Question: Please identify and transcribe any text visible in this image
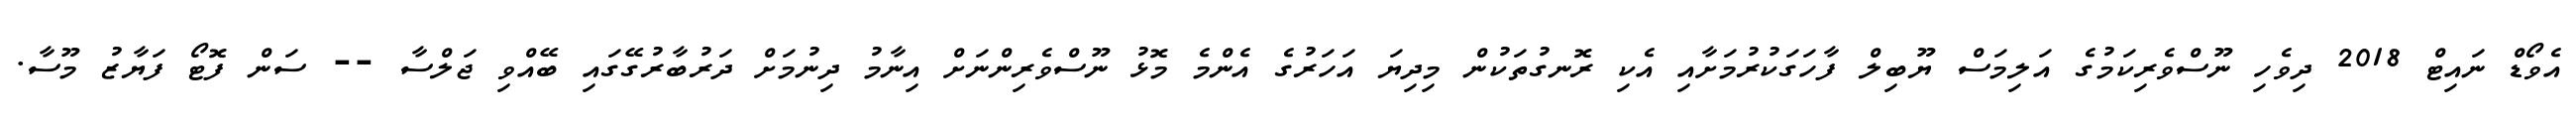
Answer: އެވޯޑް ނައިޓް 2018 ދިވެހި ނޫސްވެރިކަމުގެ އަލިމަސް ޔޫބިލް ފާހަގަކުރުމަށާއި އެކި ރޮނގުތަކުން މިދިޔަ އަހަރުގެ އެންމެ މޮޅު ނޫސްވެރިންނަށް އިނާމު ދިނުމަށް ދަރުބާރުގޭގައި ބޭއްވި ޖަލްސާ -- ސަން ފޮޓޯ ފަޔާޒު މޫސާ.